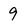
Character: 9